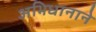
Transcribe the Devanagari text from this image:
अभिधानाने